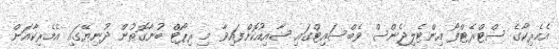
އެމެރިކާގެ ސްޓްރެޓްފޯ އިންޓެލިޖެންސް ވެބްސައިޓްގައި ޝާއިއުކޮށްފައިވާ މި ރިޕޯޓް ބުނާގޮތުން ދުނިޔޭގައި އެމެރިކާއަށް